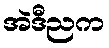
အဲဒီညက